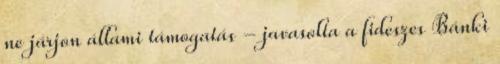
ne járjon állami támogatás - javasolta a fideszes Bánki